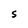
Character: S